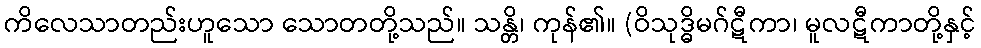
ကိလေသာတည်းဟူသော သောတတို့သည်။ သန္တိ၊ ကုန်၏။ (ဝိသုဒ္ဓိမဂ်ဋီကာ၊ မူလဋီကာတို့နှင့်